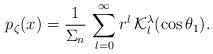
LaTeX: \begin{align*}p_\zeta(x)=\frac{1}{\Sigma_n}\,\sum_{l=0}^\infty r^l\,\mathcal K_l^\lambda(\cos\theta_1).\end{align*}